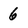
Character: 6